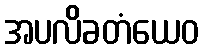
အပလိခတံယေဝ